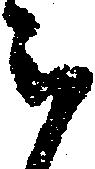
被